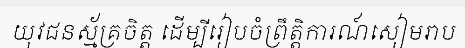
យុវជនស្ម័គ្រចិត្ត ដើម្បីរៀបចំព្រឹត្តិការណ៍សៀមរាប